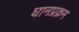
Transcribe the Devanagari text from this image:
घानप्रक्रम